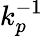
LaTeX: k_{p}^{-1}